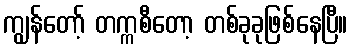
ကျွန်တော့် တက္ကစီတော့ တစ်ခုခုဖြစ်နေပြီ။